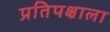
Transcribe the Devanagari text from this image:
प्रतिपक्षाला